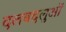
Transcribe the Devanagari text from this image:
दलबदलुओं